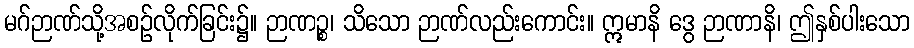
မဂ်ဉာဏ်သို့အစဉ်လိုက်ခြင်း၌။ ဉာဏဉ္စ၊ သိသော ဉာဏ်လည်းကောင်း။ ဣမာနိ ဒွေ ဉာဏာနိ၊ ဤနှစ်ပါးသော